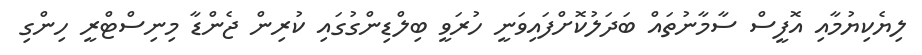
ލިޔެކިޔުމާއި އޮފީސް ސާމާނުތައް ބަދަލުކޮށްފައިވަނީ ހުރަވީ ބިލްޑިންގުގައި ކުރިން ޖެންޑާ މިނިސްޓްރީ ހިންގި